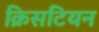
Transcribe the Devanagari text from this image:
क्रिसटियन